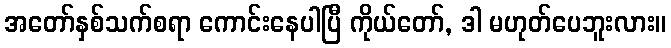
အတော်နှစ်သက်စရာ ကောင်းနေပါပြီ ကိုယ်တော်, ဒါ မဟုတ်ပေဘူးလား။